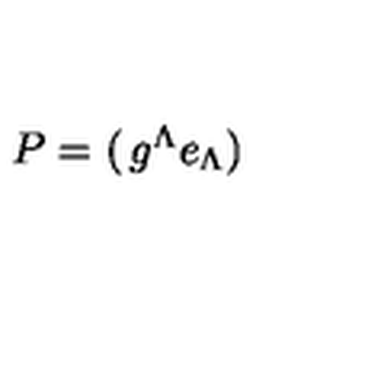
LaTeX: P = \left( \begin{matrix} { g ^ { \Lambda } } \\ { e _ { \Lambda } } \\ \end{matrix} \right)